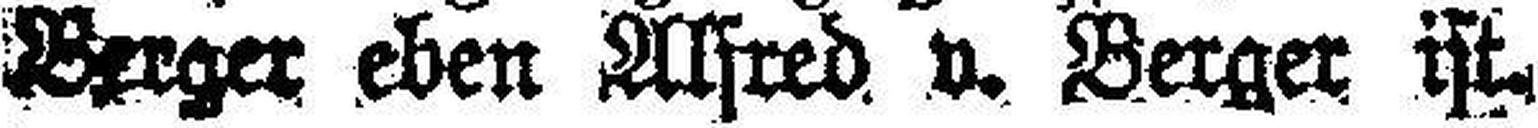
Berger eben Alfred v. Berger ist.